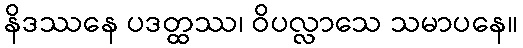
နိဒဿနေ ပဒတ္ထဿ၊ ဝိပလ္လာသေ သမာပနေ။